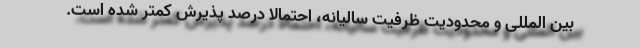
بین المللی و محدودیت ظرفیت سالیانه، احتمالا درصد پذیرش کمتر شده است.